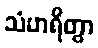
သံဟရိတွာ